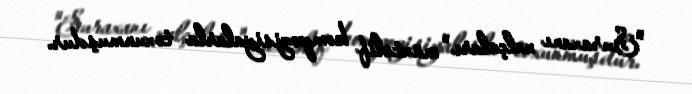
"Suraxanı xalçaları" müxtəlif kompozisiyalarla toxunmuşdur.